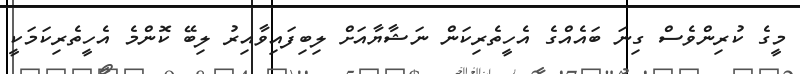
މީގެ ކުރިންވެސް ގިނަ ބައެއްގެ އެހީތެރިކަން ނަޝާޔާއަށް ލިބިފައިވާއިރު ލިބޭ ކޮންމެ އެހީތެރިކަމަކީ